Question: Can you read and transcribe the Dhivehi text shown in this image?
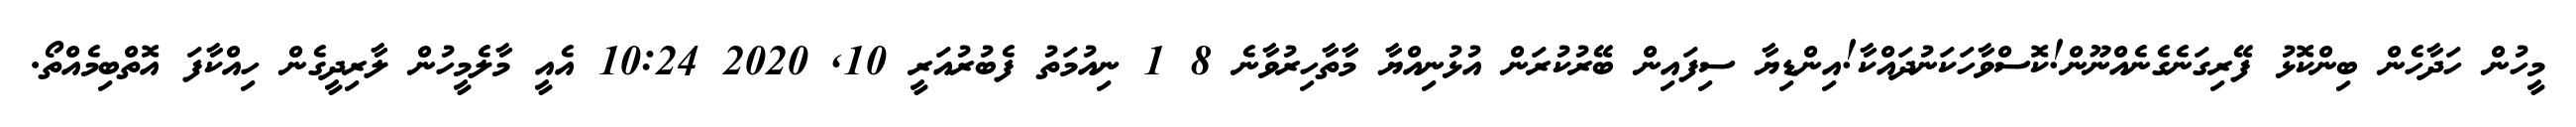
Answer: މީހުން ހަދާހެން ބިންކޮޅު ފޭރިގަނެގެނެއްނޫން!ކޮސްވާހަކަނުދައްކާ!އިންޑިޔާ ސިފައިން ބޭރުކުރަން އުޅުނިއްޔާ މާތާހިރުވާނެ 8 1 ނިއުމަތު ފެބުރުއަރީ 10, 2020 10:24 އެއީ މާލެމީހުން ލާރިދީގެން ހިއްކާފަ އޮތްބިމެއްތޯ.